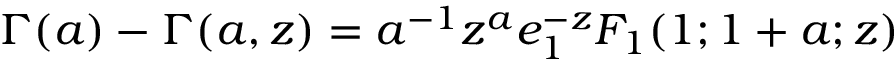
\begin{array} { r } { \Gamma ( a ) - \Gamma ( a , z ) = a ^ { - 1 } z ^ { a } e _ { 1 } ^ { - z } F _ { 1 } ( 1 ; 1 + a ; z ) } \end{array}